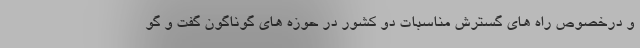
و درخصوص راه های گسترش مناسبات دو کشور در حوزه های گوناگون گفت و گو